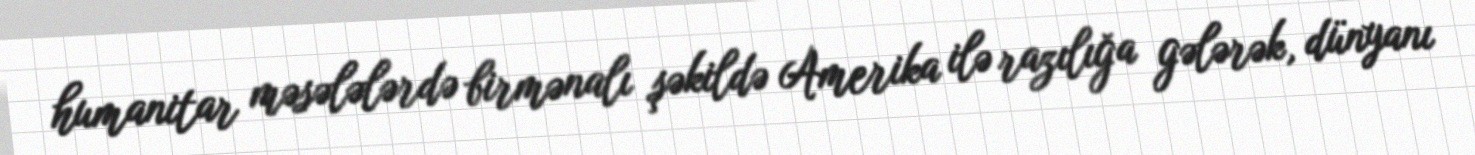
humanitar məsələlərdə birmənalı şəkildə Amerika ilə razılığa gələrək, dünyanı